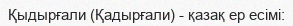
Қыдырғали (Қадырғали) - қазақ ер есімі: